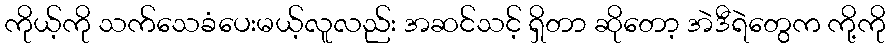
ကိုယ့်ကို သက်သေခံပေးမယ့်လူလည်း အဆင်သင့် ရှိတာ ဆိုတော့ အဲဒီရဲတွေက ကို့ကို